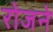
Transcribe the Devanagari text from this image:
रोजने